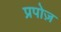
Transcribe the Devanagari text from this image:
प्रपोज़